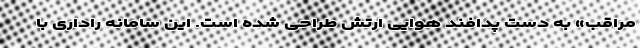
مراقب» به دست پدافند هوایی ارتش طراحی شده است. این سامانه راداری با